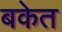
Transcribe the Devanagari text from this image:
बकेत